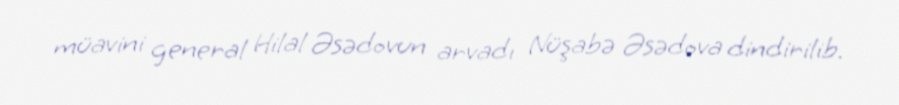
müavini general Hilal Əsədovun arvadı Nüşabə Əsədova dindirilib.